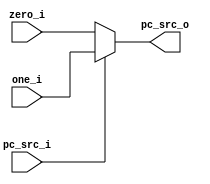
module pc_src_mux(
    input                   pc_src_i,
    input           [31:0]  zero_i,
    input           [31:0]  one_i,
    output  reg     [31:0]  pc_src_o
);
    always @(*) begin
        if (pc_src_i == 1'b1) begin
            pc_src_o = one_i;
        end
        else begin
            pc_src_o = zero_i;
        end
    end
endmodule